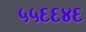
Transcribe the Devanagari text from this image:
५५६६४६